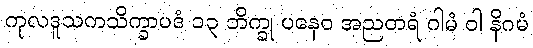
ကုလဒူသကသိက္ခာပဒံ ၁၃ ဘိက္ခု ပနေဝ အညတရံ ဂါမံ ဝါ နိဂမံ